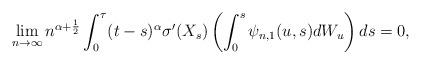
LaTeX: \begin{align*} \lim_{n\rightarrow \infty} n^{\alpha+\frac 12} \int_0^{\tau} (t-s)^\alpha\sigma'(X_s) \left( \int_0^s \psi_{n,1}(u,s) dW_u \right) ds=0, \end{align*}